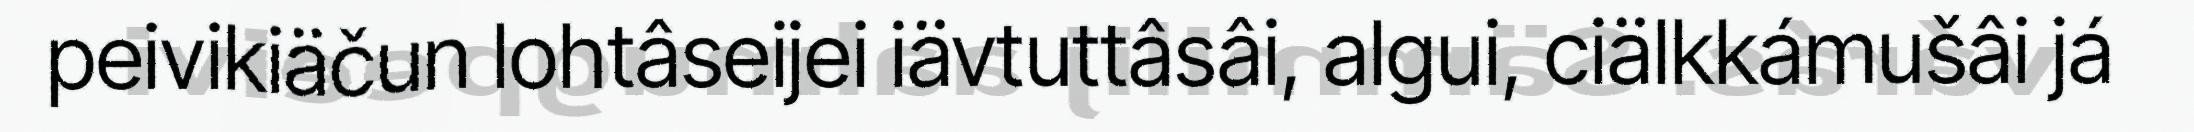
peivikiäčun lohtâseijei iävtuttâsâi, algui, ciälkkámušâi já